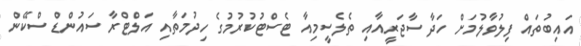
އައިބުތައް ފިލުވާލުމަށް ހަދާ ސާޖަރީއާއި ތެލެސީމިއާ ޓެސްޓުކުރުމުގެ ހިދުމަތާއި އަލްޓްރާ ސައުންޑް ސްކޭން